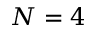
N = 4